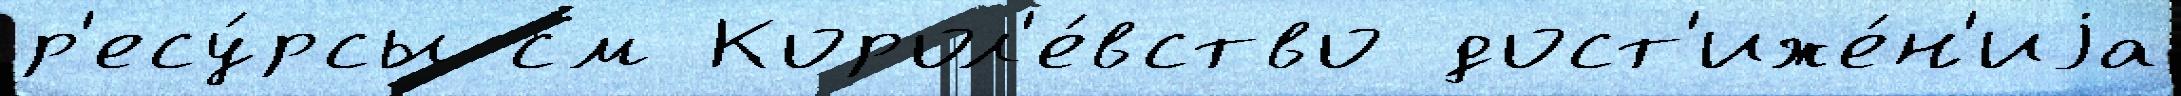
р'есу́рсы см Корол'е́вство дост'иже́н'иjа